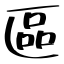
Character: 區